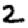
Digit: 2